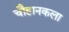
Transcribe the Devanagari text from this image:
चौहानकला